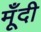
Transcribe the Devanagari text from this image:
मूँदी